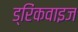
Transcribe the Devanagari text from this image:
ड्रिंकवाइज